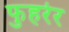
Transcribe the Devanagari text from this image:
फुहरेर